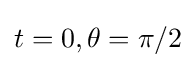
t=0,\theta =\pi /2